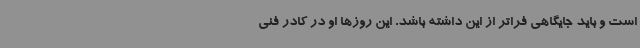
است و باید جایگاهی فراتر از این داشته باشد. این روزها او در کادر فنی